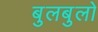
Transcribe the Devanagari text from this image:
बुलबुलो